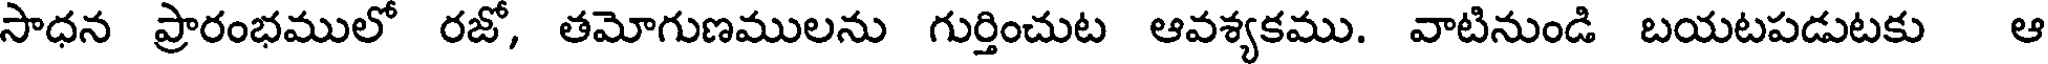
సాధన ప్రారంభములో రజో, తమోగుణములను గుర్తించుట ఆవశ్యకము. వాటినుండి బయటపడుటకు ఆ